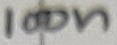
Text: 100n